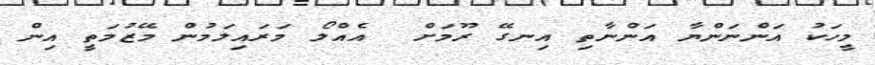
މީހަކު އަންނަންޔާ އަންނާތި އިނގޭ ރޫމަށް  އެއްލޯ މަރައިލަމުން މޭޒުމަތީ އިން